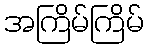
အကြိမ်ကြိမ်